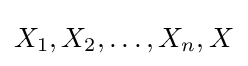
X_{1},X_{2},\ldots ,X_{n},X